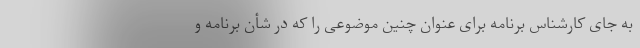
به جای کارشناس برنامه برای عنوان چنین موضوعی را که در شأن برنامه و